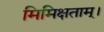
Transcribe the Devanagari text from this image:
मिमिक्षताम्।